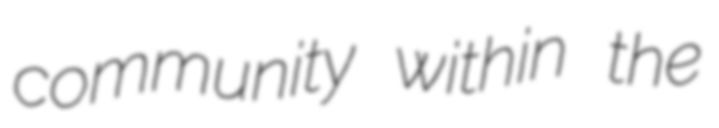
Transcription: community within the